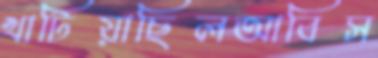
খাটিয়াছিলআবিস